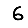
Digit: 6